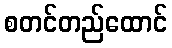
စတင်တည်ထောင်